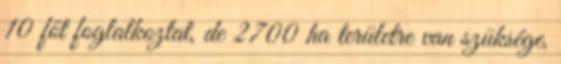
10 főt foglalkoztat, de 2700 ha területre van szüksége,